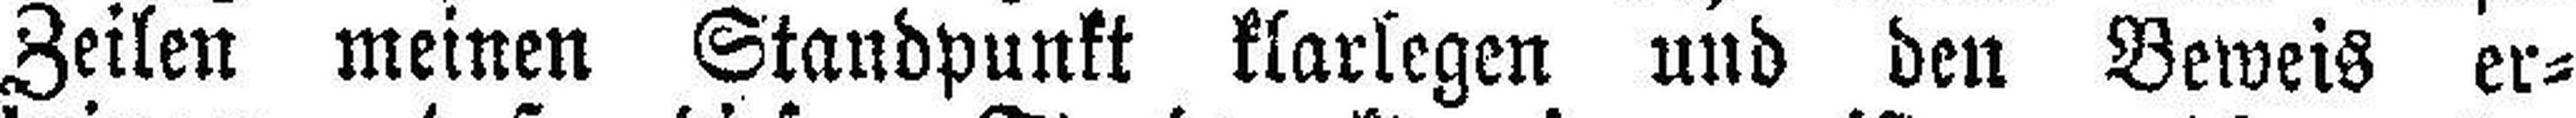
Zeilen meinen Standpunkt klarlegen und den Beweis er¬